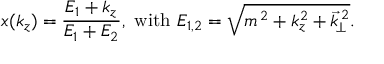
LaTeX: x ( k _ { z } ) = \frac { E _ { 1 } + k _ { z } } { E _ { 1 } + E _ { 2 } } , \mathrm { ~ w i t h ~ } E _ { 1 , 2 } = \sqrt { m ^ { \, 2 } + k _ { z } ^ { 2 } + \vec { k } _ { \! \perp } ^ { \, 2 } } .